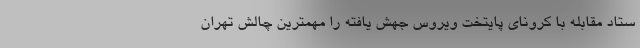
ستاد مقابله با کرونای پایتخت ویروس جهش یافته را مهمترین چالش تهران